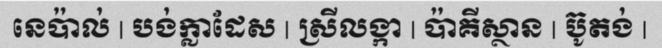
នេប៉ាល់ | បង់ក្លាដែស | ស្រីលង្កា | ប៉ាគីស្ថាន | ប៊ូតង់ |